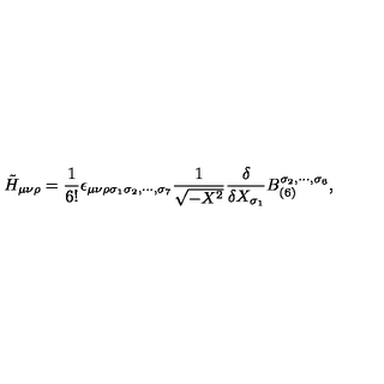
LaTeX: \tilde { H } _ { \mu \nu \rho } = \frac { 1 } { 6 ! } \epsilon _ { \mu \nu \rho \sigma _ { 1 } \sigma _ { 2 } , \cdots , \sigma _ { 7 } } \frac { 1 } { \sqrt { - X ^ { 2 } } } \frac { \delta } { \delta X _ { \sigma _ { 1 } } } B _ { ( 6 ) } ^ { \sigma _ { 2 } , \cdots , \sigma _ { 6 } } ,